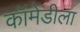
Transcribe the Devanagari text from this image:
कॉमेडीला